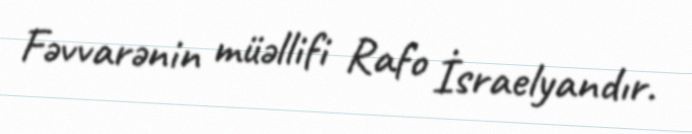
Fəvvarənin müəllifi Rafo İsraelyandır.